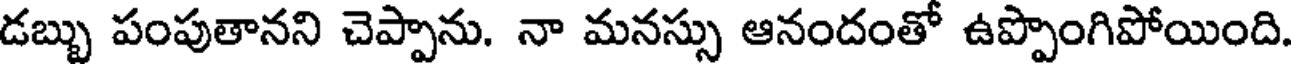
డబ్బు పంపుతానని చెప్పాను. నా మనస్సు ఆనందంతో ఉప్పొంగిపోయింది.